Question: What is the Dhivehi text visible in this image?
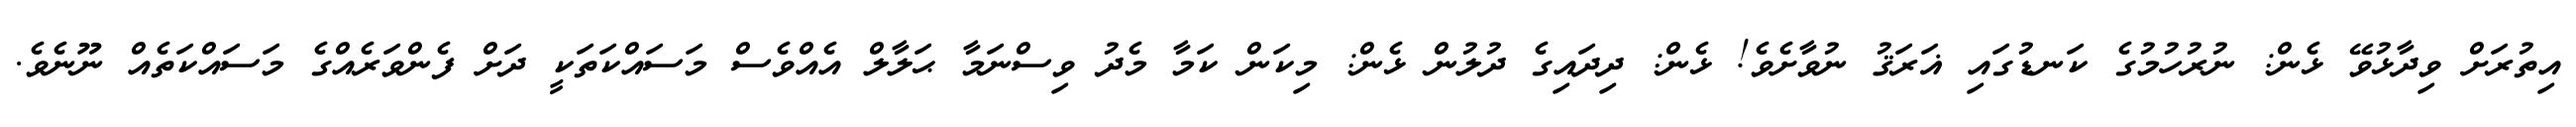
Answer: އިތުރަށް ވިދާޅުވޭ ޅެން: ނުރުހުމުގެ ކަނޑުގައި ޣަރަޤު ނުވާށެވެ! ޅެން: ދިދައިގެ ދުލުން ޅެން: މިކަން ކަމާ މެދު ވިސްނަމާ ޙަލާލް އެއްވެސް މަސައްކަތަކީ ދަށް ފެންވަރެއްގެ މަސައްކަތެއް ނޫނެވެ.